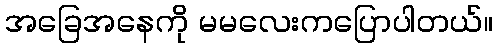
အခြေအနေကို မမလေးကပြောပါတယ်။